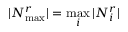
| N _ { \operatorname* { m a x } } ^ { r } | = \operatorname* { m a x } _ { i } | N _ { i } ^ { r } |